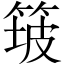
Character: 𱸅